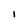
Character: I